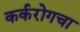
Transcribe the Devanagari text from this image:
कर्करोगचा